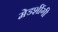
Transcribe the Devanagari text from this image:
मेडशींगी